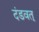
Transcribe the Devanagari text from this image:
दंडवत्‌